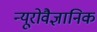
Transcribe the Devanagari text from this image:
न्यूरोवैज्ञानिक